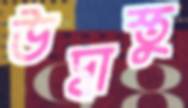
উদ্বাস্তু